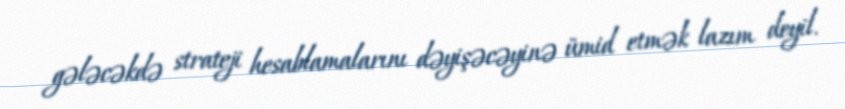
gələcəkdə strateji hesablamalarını dəyişəcəyinə ümid etmək lazım deyil.